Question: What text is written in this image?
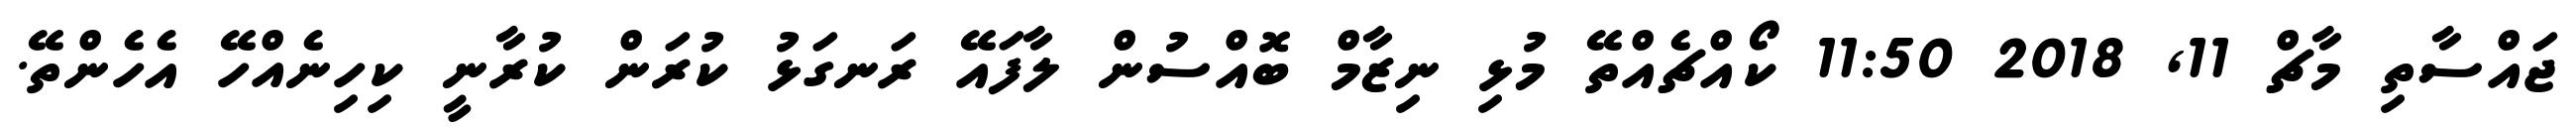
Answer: ޖައްސާތި މާޗް 11, 2018 11:50 ކޯއްޗެއްތޭ މުޅި ނިޒާމް ބޮއްސުން ލާފައޭ ރަނގަޅު ކުރަން ކުރާނީ ކިހިނެއްހޭ އެހެންތޭ.